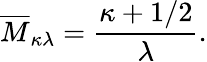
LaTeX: \overline{{{M}}}_{\kappa\lambda}=\frac{\kappa+1/2}{\lambda}.